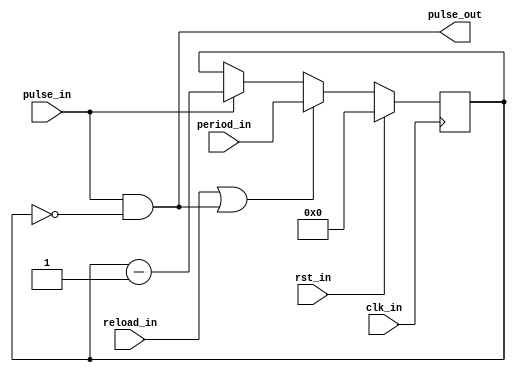
/***************************************************************************************************
** fpga_nes/hw/src/cpu/apu/apu_div.v
*
*  Copyright (c) 2012, Brian Bennett
*  All rights reserved.
*
*  Redistribution and use in source and binary forms, with or without modification, are permitted
*  provided that the following conditions are met:
*
*  1. Redistributions of source code must retain the above copyright notice, this list of conditions
*     and the following disclaimer.
*  2. Redistributions in binary form must reproduce the above copyright notice, this list of
*     conditions and the following disclaimer in the documentation and/or other materials provided
*     with the distribution.
*
*  THIS SOFTWARE IS PROVIDED BY THE COPYRIGHT HOLDERS AND CONTRIBUTORS "AS IS" AND ANY EXPRESS OR
*  IMPLIED WARRANTIES, INCLUDING, BUT NOT LIMITED TO, THE IMPLIED WARRANTIES OF MERCHANTABILITY AND
*  FITNESS FOR A PARTICULAR PURPOSE ARE DISCLAIMED. IN NO EVENT SHALL THE COPYRIGHT OWNER OR
*  CONTRIBUTORS BE LIABLE FOR ANY DIRECT, INDIRECT, INCIDENTAL, SPECIAL, EXEMPLARY, OR CONSEQUENTIAL
*  DAMAGES (INCLUDING, BUT NOT LIMITED TO, PROCUREMENT OF SUBSTITUTE GOODS OR SERVICES; LOSS OF USE,
*  DATA, OR PROFITS; OR BUSINESS INTERRUPTION) HOWEVER CAUSED AND ON ANY THEORY OF LIABILITY,
*  WHETHER IN CONTRACT, STRICT LIABILITY, OR TORT (INCLUDING NEGLIGENCE OR OTHERWISE) ARISING IN ANY
*  WAY OUT OF THE USE OF THIS SOFTWARE, EVEN IF ADVISED OF THE POSSIBILITY OF SUCH DAMAGE.
*
*  APU divider; building block used by several other APU components.  Outputs a pulse every n input
*  pulses, where n is the divider's period. It contains a counter which is decremented on the
*  arrival of each pulse. When the counter reaches 0, it is reloaded with the period and an output
*  pulse is generated. A divider can also be forced to reload its counter immediately, but this
*  does not output a pulse. When a divider's period is changed, the current count is not affected.
*
*  apu_div_const is a variation on apu_div that has an immutable period.
***************************************************************************************************/

module apu_div
#(
  parameter PERIOD_BITS = 16
)
(
  input  wire                   clk_in,     // system clock signal
  input  wire                   rst_in,     // reset signal
  input  wire                   pulse_in,   // input pulse
  input  wire                   reload_in,  // reset counter to period_in (no pulse_out generated)
  input  wire [PERIOD_BITS-1:0] period_in,  // new period value
  output wire                   pulse_out   // divided output pulse
);

reg  [PERIOD_BITS-1:0] q_cnt;
wire [PERIOD_BITS-1:0] d_cnt;

always @(posedge clk_in)
  begin
    if (rst_in)
      q_cnt <= 0;
    else
      q_cnt <= d_cnt;
  end

assign d_cnt     = (reload_in || (pulse_in && (q_cnt == 0))) ? period_in    :
                   (pulse_in)                                ? q_cnt - 1'h1 : q_cnt;
assign pulse_out = pulse_in && (q_cnt == 0);

endmodule